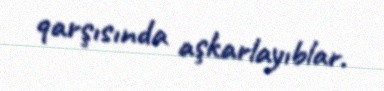
qarşısında aşkarlayıblar.